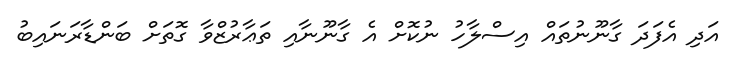
އަދި އެފަދަ ގާނޫނުތައް އިސްލާހު ނުކޮށް އެ ގާނޫނާއި ތަޢާރުޒްވާ ގޮތަށް ބަންޑާރަނައިބު